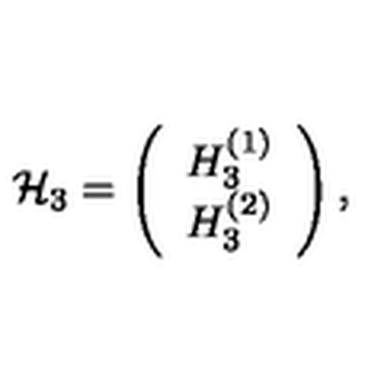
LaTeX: { \cal H } _ { 3 } = \left( \begin{array} { c } { H _ { 3 } ^ { ( 1 ) } } \\ { H _ { 3 } ^ { ( 2 ) } } \\ \end{array} \right) ,